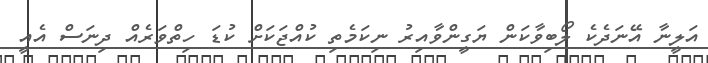
އަލީނާ އޭނަދެކެ ލޯބިވާކަން ޔަގީންވާއިރު ނިކަމެތި ކުއްޖަކަށް ކުޑަ ހިތްވަރެއް ދިނަސް އެއީ